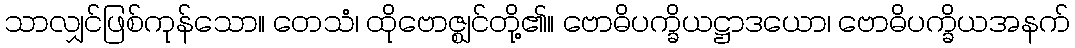
သာလျှင်ဖြစ်ကုန်သော။ တေသံ၊ ထိုဗောဇ္ဈင်တို့၏။ ဗောဓိပက္ခိယဋ္ဌာဒယော၊ ဗောဓိပက္ခိယအနက်